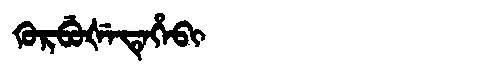
Manchu: ᡴᡠᡵᠪᡠᡧᡝᡨᡝᡥᡝᠪᡳ
Romanization: KURBUŠETEHEBI